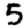
Digit: 5